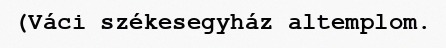
(Váci székesegyház altemplom.